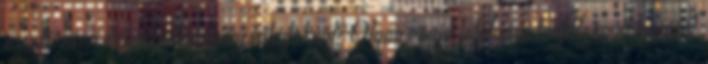
és szívesen dolgoznál magáncsaládoknál? Olyan rövid lefolyású tanfolyamot keresel,